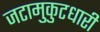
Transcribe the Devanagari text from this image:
जटामुकुटधारी